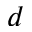
d